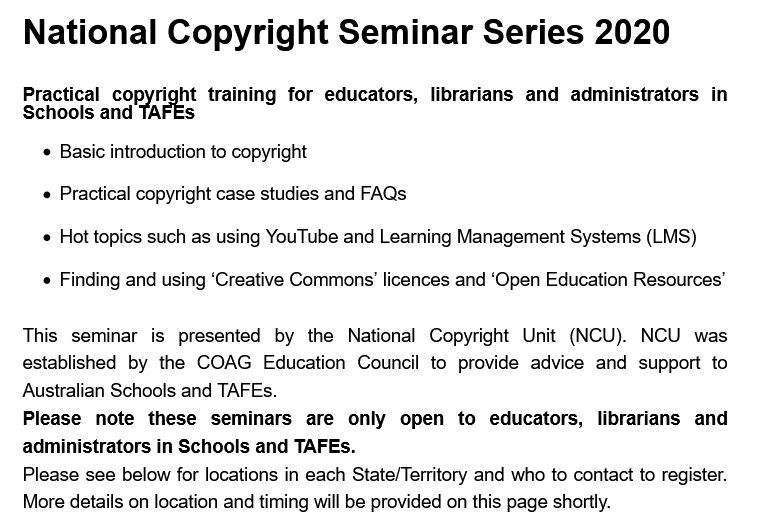
National    Copyright    Seminar    Series    2020
   Practical
     copyright training for educators, librarians and administrators in
   Schools and  TAFEs
     Basic introduction to copyright
     Practical copyright case studies and FAQs
     Hot topics such as using YouTube and Learning Management Systems (LMS)
     Finding and using ‘Creative Commons’ licences and ‘Open Education Resources’
   This seminar is presented by  the National Copyright Unit (NCU). NCU  was
   established by the COAG  Education Council to provide advice and support to
   Australian Schools and TAFEs.
   Please  note these seminars  are  only open  to educators,  librarians and
   administrators in Schools and TAFEs.
   Please see below for locations in each State/Territory and who to contact to register.
   More details on location and timing will be provided on this page shortly.